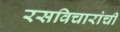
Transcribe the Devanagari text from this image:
रसविचारांची